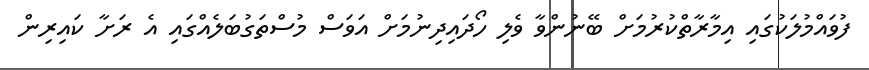
ފުވައްމުލަކުގައި އިމާރާތްކުރުމަށް ބޭނުންވާ ވެލި ހޯދައިދިނުމަށް އަވަސް މުސްތަގުބަލެއްގައި އެ ރަށާ ކައިރިން